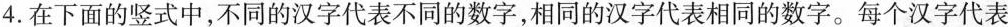
4.在下面的竖式中，不同的汉字代表不同的数字，相同的汉字代表相同的数字。每个汉字代表